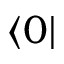
\left\langle 0 \right\vert